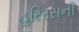
હરિરસની